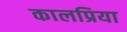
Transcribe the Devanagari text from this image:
कालप्रिया